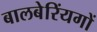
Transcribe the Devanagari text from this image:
बालबेरिंयगों